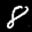
Label: 8